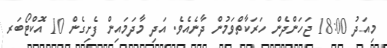
މިއަދު 18:00 ޖަހަންދެން ހަރަކާތްވަމުން ދާނެއެވެ. އަދި މާދަމައިން ފެށިގެން 10 އޮކްޓޯބަރ